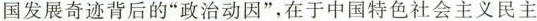
国发展奇迹背后的”政治动因”，在于中国特色社会主义民主